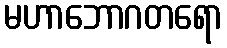
မဟာဘောဂတရော